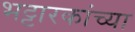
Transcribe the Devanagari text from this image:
भट्टारकांच्या